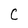
Character: C